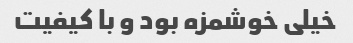
خیلی خوشمزه بود و با کیفیت